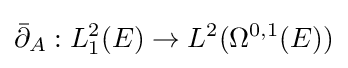
{\bar {\partial }}_{A}:L_{1}^{2}(E)\to L^{2}(\Omega ^{0,1}(E))